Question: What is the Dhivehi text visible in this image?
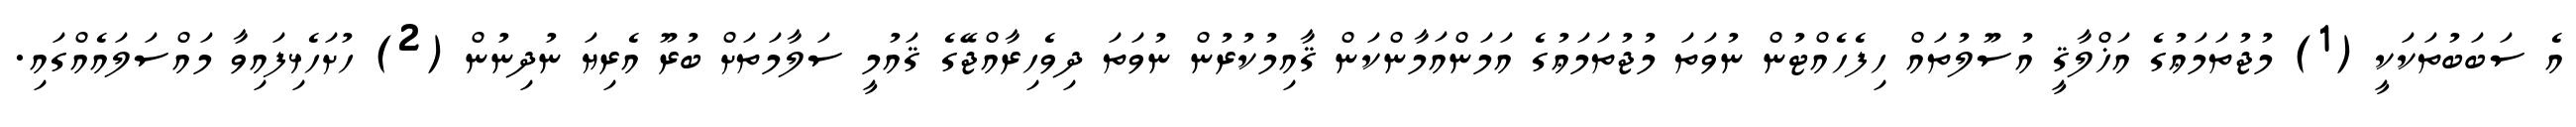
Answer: އެ ސަބަބުތަކަކީ (1) މުޖުތަމަޢުގެ އަޚްލާޤީ އުސޫލުތައް ހިފެހެއްޓުން ނުވަތަ މުޖުތަމަޢުގެ އަމަންއަމާންކަން ޤާއިމުކުރުން ނުވަތަ ދިވެހިރާއްޖޭގެ ޤައުމީ ސަލާމަތަށް ބުރޫ އެރިޔަ ނުދިނުން (2) ހުށަހެޅިފައިވާ މައްސަލައެއްގައި.